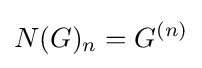
N(G)_{n}=G^{(n)}